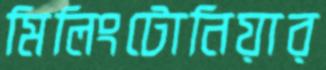
মিলিংটোনিয়ার